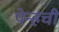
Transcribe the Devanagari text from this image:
पेन्हची